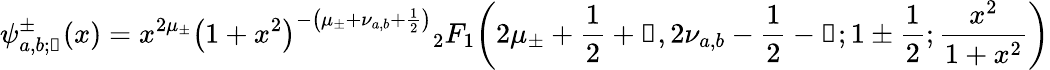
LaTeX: \psi_{a,b;\mathscr{k}}^{\pm}(x)=x^{2\mu_{\pm}}{\left(1+x^{2}\right)}^{-\left(\mu_{\pm}+\nu_{a,b}+\frac{1}{2}\right)}{}_{2}F_{1}\! \left(2\mu_{\pm}+\frac{1}{2}+\mathscr{k},2\nu_{a,b}-\frac{1}{2}-\mathscr{k};1\pm\frac{1}{2};\frac{x^{2}}{1+x^{2}}\right)